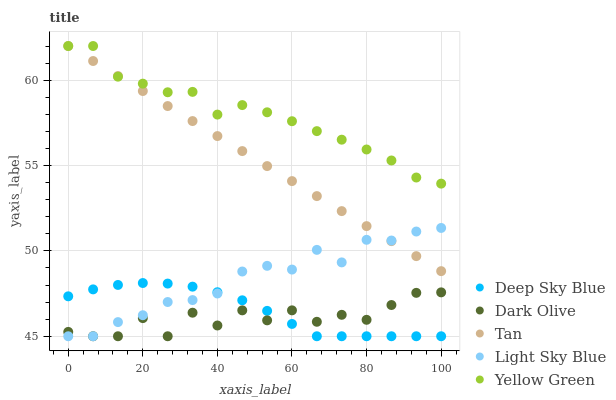
| xaxis_label | Deep Sky Blue | Dark Olive | Tan | Light Sky Blue | Yellow Green |
 | --- | --- | --- | --- | --- | --- |
 | 0 | 47.3 | 45.3 | 62 | 45 | 62 |
 | 6.67 | 47.7 | 45 | 61.1 | 45 | 62 |
 | 13.3 | 48 | 45 | 60.2 | 45.8 | 60.2 |
 | 20 | 48.1 | 46.1 | 59.4 | 46.2 | 59.8 |
 | 26.7 | 48.1 | 45 | 58.5 | 47 | 59.3 |
 | 33.3 | 47.9 | 46.4 | 57.6 | 47.1 | 59.3 |
 | 40 | 47.6 | 45.6 | 56.7 | 47.5 | 58 |
 | 46.7 | 47.1 | 46.5 | 55.8 | 48.8 | 58.5 |
 | 53.3 | 46.5 | 45.9 | 55 | 49.1 | 58.1 |
 | 60 | 45.7 | 46.5 | 54.1 | 48.9 | 57.6 |
 | 66.7 | 45 | 45.8 | 53.2 | 50.1 | 57 |
 | 73.3 | 45 | 46.3 | 52.3 | 49.3 | 56.5 |
 | 80 | 45 | 46 | 51.5 | 50.6 | 55.9 |
 | 86.7 | 45 | 46.8 | 50.6 | 50.6 | 55.3 |
 | 93.3 | 45 | 47.5 | 49.7 | 51.1 | 54.3 |
 | 100 | 45 | 47.6 | 48.8 | 51.3 | 53.9 |